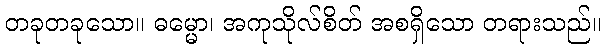
တခုတခုသော။ ဓမ္မော၊ အကုသိုလ်စိတ် အစရှိသော တရားသည်။